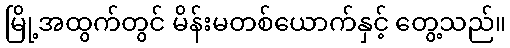
မြို့အထွက်တွင် မိန်းမတစ်ယောက်နှင့် တွေ့သည်။